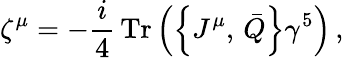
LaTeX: \zeta^{\mu}=-\frac{i}{4}\, \mathrm{Tr}\left(\left\{ J^{\mu},\, \bar{Q}\right\} \gamma^{5}\right)\, ,